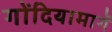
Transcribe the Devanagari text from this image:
गोंदियामार्गे